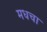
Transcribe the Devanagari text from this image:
मधचा